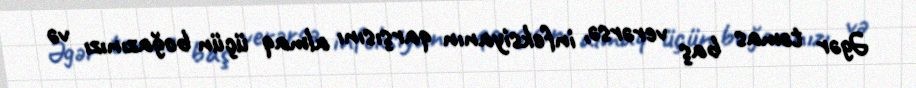
Əgər təmas baş verərsə, infeksiyanın qarşısını almaq üçün boğazınızı və